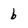
Character: b